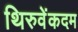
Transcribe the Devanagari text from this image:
थिरुवेंकदम